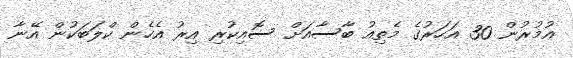
އުމުރުން 30 އަހަރުގެ މެތިއު ބާސާއަށް ސޮއިކުރި އިރު އެހެން ކްލަބަކުން އޭނާ